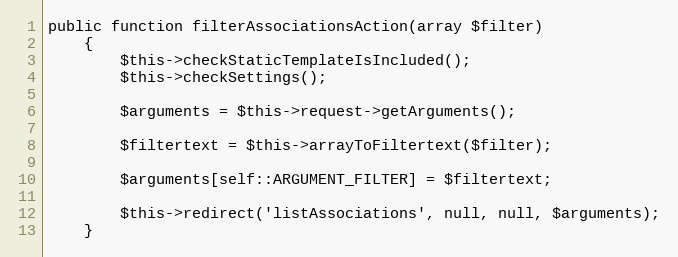
Language: PHP
public function filterAssociationsAction(array $filter)
    {
        $this->checkStaticTemplateIsIncluded();
        $this->checkSettings();

        $arguments = $this->request->getArguments();

        $filtertext = $this->arrayToFiltertext($filter);

        $arguments[self::ARGUMENT_FILTER] = $filtertext;

        $this->redirect('listAssociations', null, null, $arguments);
    }